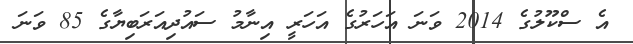
އެ ސްކޫލުގެ 2014 ވަނަ އަހަރުގެ އަހަރީ އިނާމު ސައުދިއަރަބިޔާގެ 85 ވަނަ